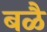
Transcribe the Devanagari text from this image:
बळै